Lunatic asylums Bombay report 1878-1890 - 1878-1890
Year: 1878
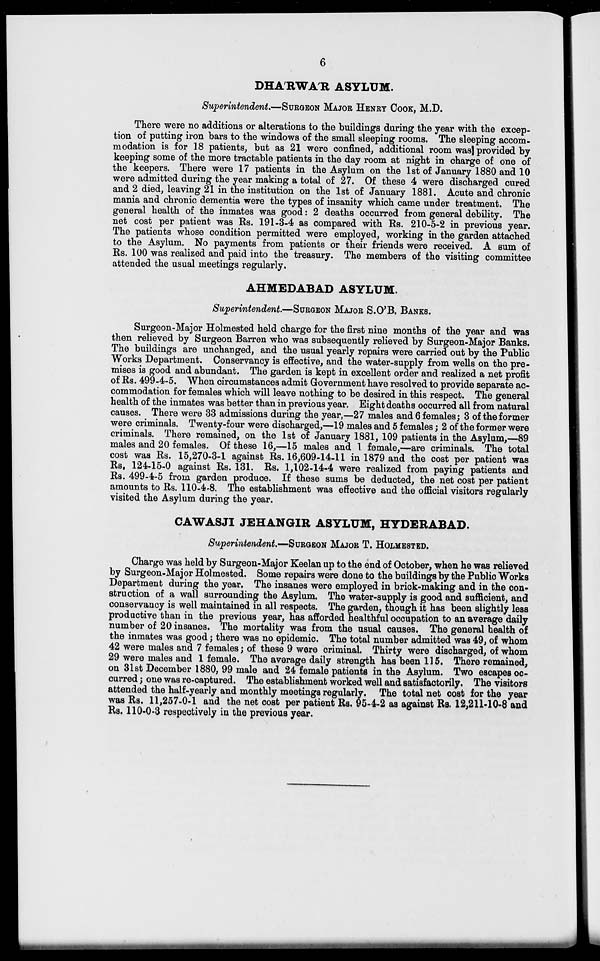
6
DHA'RWA'R ASYLUM.
Superintendent.—SURGEON MAJOR HENRY COOK, M.D.
There were no additions or alterations to the buildings during the year with the excep-
tion of putting iron bars to the windows of the small sleeping rooms. The sleeping accom-
modation is for 18 patients, but as 21 were confined, additional room was provided by
keeping some of the more tractable patients in the day room at night in charge of one of
the keepers. There were 17 patients in the Asylum on the 1st of January 1880 and 10
were admitted during the year making a total of 27. Of these 4 were discharged cured
and 2 died, leaving 21 in the institution on the 1st of January 1881. Acute and chronic
mania and chronic dementia were the types of insanity which came under treatment. The
general health of the inmates was good : 2 deaths occurred from general debility. The
net cost per patient was Rs. 191-3-4 as compared with Rs. 210-5-2 in previous year.
The patients whose condition permitted were employed, working in the garden attached
to the Asylum. No payments from patients or their friends were received. A sum of
Rs. 100 was realized and paid into the treasury. The members of the visiting committee
attended the usual meetings regularly.
AHMEDABAD ASYLUM.
Superintendent.—SURGEON MAJOR S.O'B. BANKS.
Surgeon-Major Holmested held charge for the first nine months of the year and was
then relieved by Surgeon Barren who was subsequently relieved by Surgeon-Major Banks.
The buildings are unchanged, and the usual yearly repairs were carried out by the Public
Works Department. Conservancy is effective, and the water-supply from wells on the pre-
mises is good and abundant. The garden is kept in excellent order and realized a net profit
of Rs. 499-4-5. When circumstances admit Government have resolved to provide separate ac-
commodation for females which will leave nothing to be desired in this respect. The general
health of the inmates was better than in previous year. Eight deaths occurred all from natural
causes. There were 33 admissions during the year,—27 males and 6 females; 3 of the former
were criminals. Twenty-four were discharged,—19 males and 5 females; 2 of the former were
criminals. There remained, on the 1st of January 1881, 109 patients in the Asylum,—89
males and 20 females. Of these 16,—15 males and 1 female,—are criminals. The total
cost was Rs. 15,270-3-1 against Rs. 16,609-14-11 in 1879 and the cost per patient was
Rs. 124-15-0 against Rs. 131. Rs. 1,102-14-4 were realized from paying patients and
Rs. 499-4-5 from garden produce. If these sums be deducted, the net cost per patient
amounts to Rs. 110-4.8. The establishment was effective and the official visitors regularly
visited the Asylum during the year.
CAWASJI JEHANGIR ASYLUM, HYDERABAD.
Superintendent.—SURGEON MAJOR T. HOLMESTED.
Charge was held by Surgeon-Major Keelan up to the end of October, when he was relieved
by Surgeon-Major Holmested. Some repairs were done to the buildings by the Public Works
Department during the year. The insanes were employed in brick-making and in the con-
struction of a wall surrounding the Asylum. The water-supply is good and sufficient, and
conservancy is well maintained in all respects. The garden, though it has been slightly less
productive than in the previous year, has afforded healthful occupation to an average daily
number of 20 insanes. The mortality was from the usual causes. The general health of
the inmates was good; there was no epidemic. The total number admitted was 49, of whom
42 were males and 7 females; of these 9 were criminal. Thirty were discharged, of whom
29 were males and 1 female. The average daily strength has been 115. There remained,
on 31st December 1880, 99 male and 24 female patients in the Asylum. Two escapes oc-
curred ; one was re-captured. The establishment worked well and satisfactorily. The visitors
attended the half-yearly and monthly meetings regularly. The total net cost for the year
was Rs. 11,257-0-1 and the net cost per patient Rs. 95-4-2 as against Rs. 12,211-10-8 and
Rs. 110-0-3 respectively in the previous year.